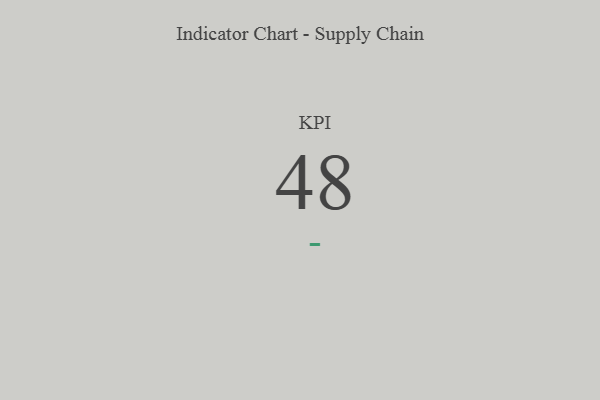
{"axis": {"x": "KPI", "y": "Value"}, "legend": [""], "data": [{"x": "KPI", "y": 48, "type": ""}]}